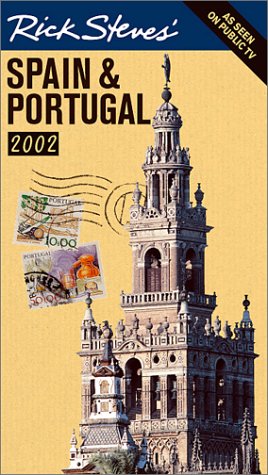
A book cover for Rick Steves' Spain and Portugal: Covers Madrid, Barcelona, Andalucia, Lisbon, the Algarve, and Morocco; Rick Steves; Travel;